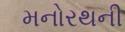
મનોરથની